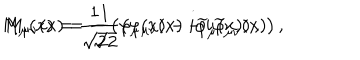
LaTeX: M _ { \mu } ( x ) = \frac 1 { \sqrt { 2 } } \left( \varphi _ { \mu } ( x ) - i \widetilde { \varphi } _ { \mu } ( x ) \right) , \hspace { 0 . 3 i n } M _ { \mu \nu } ( x ) = \frac 1 { \sqrt { 2 } } \left( \varphi _ { \mu \nu } ( x ) - i \widetilde { \varphi } _ { \mu \nu } ( x ) \right) ,